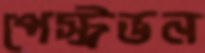
পেস্ট্রভন